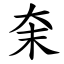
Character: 㭐